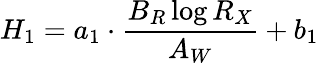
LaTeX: {H_{1}=a_{1}\cdot\frac{B_{R}\log{R_{X}}}{A_{W}}+b_{1}}